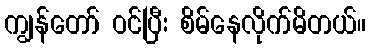
ကျွန်တော် ဝင်ပြီး စိမ်နေလိုက်မိတယ်။